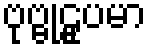
ဗုဗ္ဗုဠူပမာ